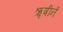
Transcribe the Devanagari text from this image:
ॠषीनें